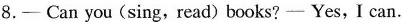
8.-Can you(sing,read)books?- Yes, I can.